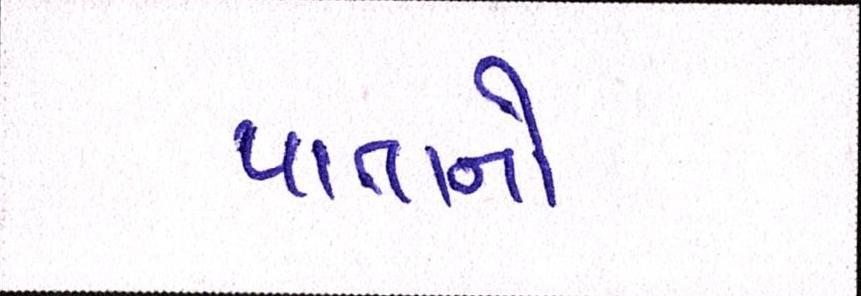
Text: પાતાનો